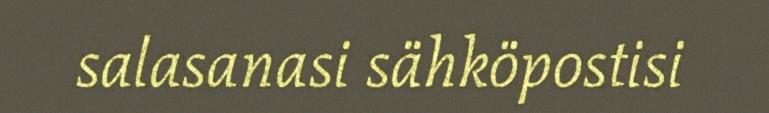
salasanasi sähköpostisi